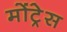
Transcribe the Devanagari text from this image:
मोंट्रेस